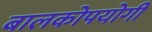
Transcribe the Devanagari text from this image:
बालकोपयोगी